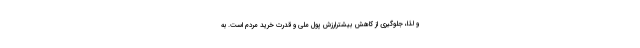
و لذا، جلوگیری از کاهش بیشترارزش پول ملی و قدرت خرید مردم است. به